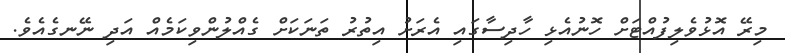
މިރޭ އޮޅުވެލިފުއްޓަށް ހޮނުއެޅި ހާދިސާގައި އެރަށު އިތުރު ތަނަކަށް ގެއްލުންވިކަމެއް އަދި ނޭނގެއެވެ.